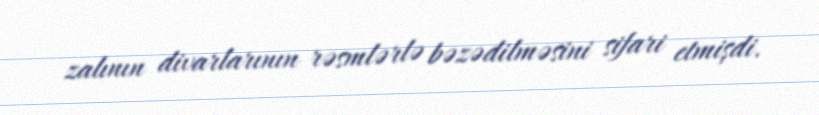
zalının divarlarının rəsmlərlə bəzədilməsini sifari etmişdi.